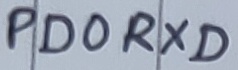
Text: PD0RXD